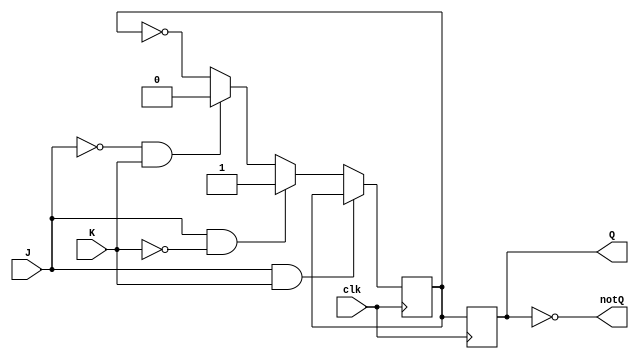
module jk_flipflop (
    input J,
    input K,
    input clk,
    output reg Q,
    output reg notQ
);

reg master_Q;
reg slave_Q;

always @(posedge clk) begin
    if (J & K) begin
        master_Q <= master_Q;
    end else if (J & ~K) begin
        master_Q <= 1;
    end else if (~J & K) begin
        master_Q <= 0;
    end else begin
        master_Q <= ~master_Q;
    end
end

always @(negedge clk) begin
    slave_Q <= master_Q;
end

assign Q = slave_Q;
assign notQ = ~slave_Q;

endmodule